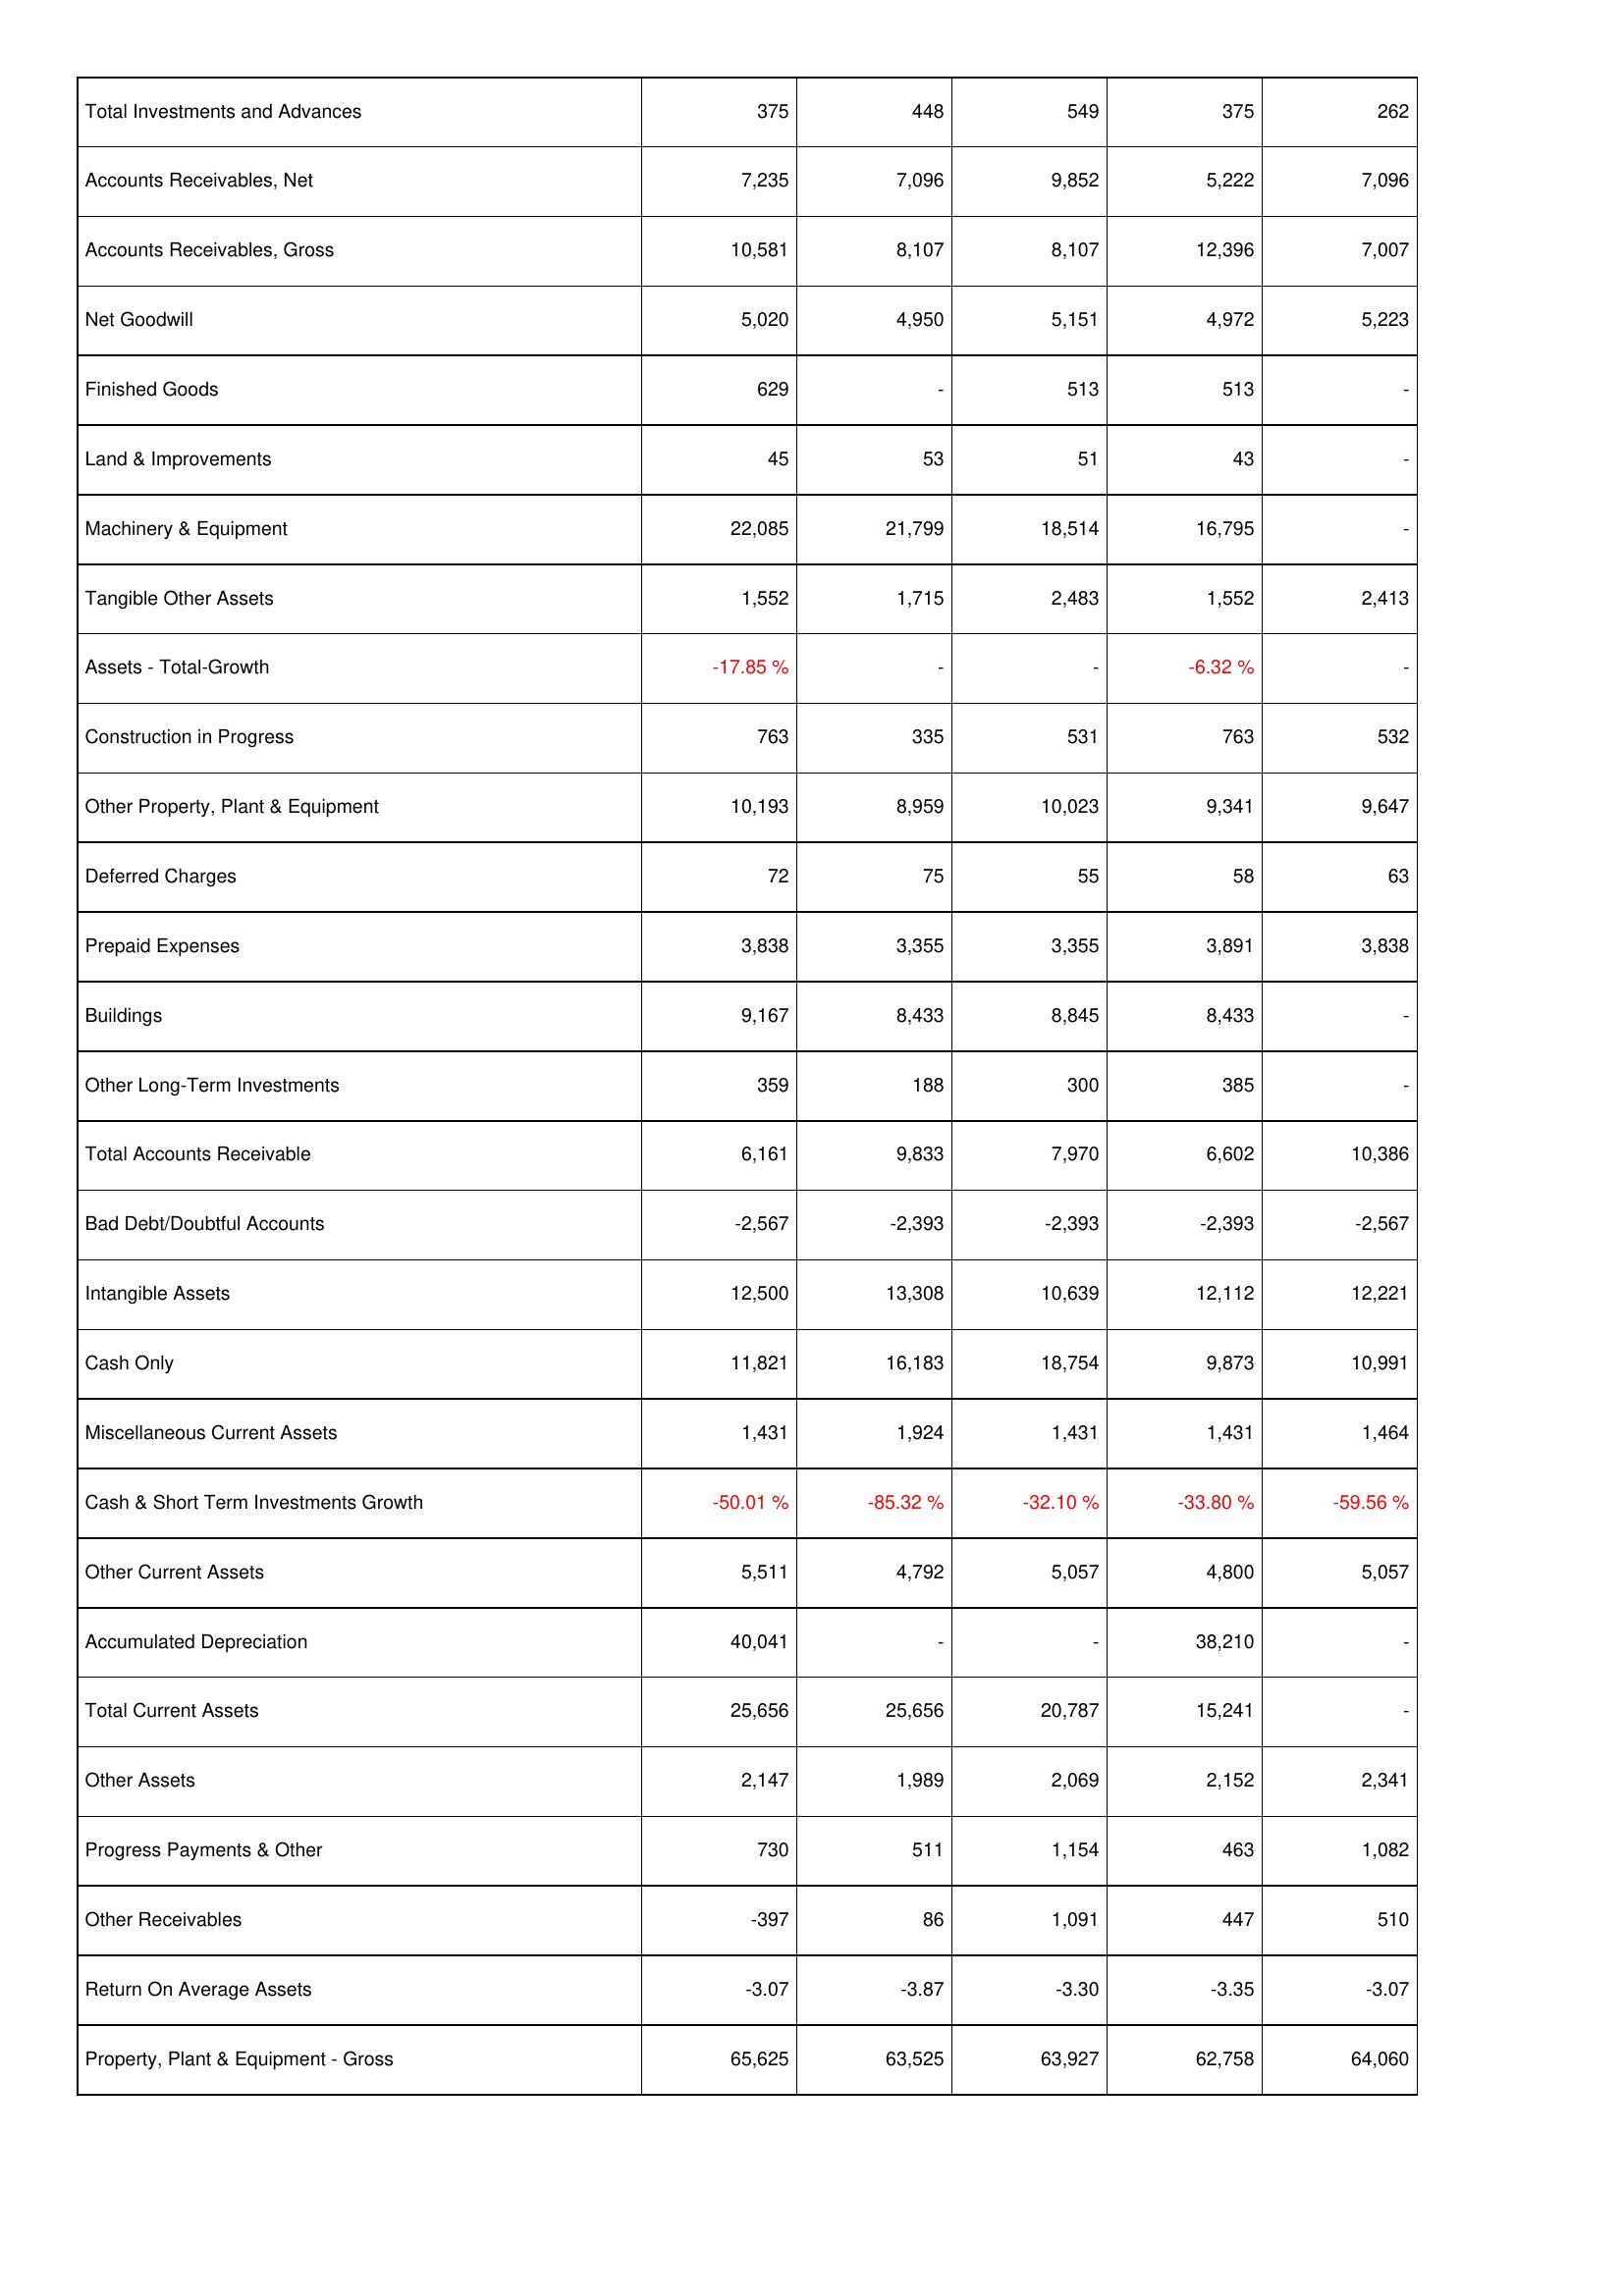
2009: Assets: Total Investments and Advances: 375
Accounts Receivables, Net: 7,235
Accounts Receivables, Gross: 10,581
Net Goodwill: 5,020
Finished Goods: 629
Land & Improvements: 45
Machinery & Equipment: 22,085
Tangible Other Assets: 1,552
Assets - Total-Growth: -17.85 %
Construction in Progress: 763
Other Property, Plant & Equipment: 10,193
Deferred Charges: 72
Prepaid Expenses: 3,838
Buildings: 9,167
Other Long-Term Investments: 359
Total Accounts Receivable: 6,161
Bad Debt/Doubtful Accounts: -2,567
Intangible Assets: 12,500
Cash Only: 11,821
Miscellaneous Current Assets: 1,431
Cash & Short Term Investments Growth: -50.01 %
Other Current Assets: 5,511
Accumulated Depreciation: 40,041
Total Current Assets: 25,656
Other Assets: 2,147
Progress Payments & Other: 730
Other Receivables: -397
Return On Average Assets: -3.07
Property, Plant & Equipment - Gross: 65,625
2008: Assets: Total Investments and Advances: 448
Accounts Receivables, Net: 7,096
Accounts Receivables, Gross: 8,107
Net Goodwill: 4,950
Finished Goods: -
Land & Improvements: 53
Machinery & Equipment: 21,799
Tangible Other Assets: 1,715
Assets - Total-Growth: -
Construction in Progress: 335
Other Property, Plant & Equipment: 8,959
Deferred Charges: 75
Prepaid Expenses: 3,355
Buildings: 8,433
Other Long-Term Investments: 188
Total Accounts Receivable: 9,833
Bad Debt/Doubtful Accounts: -2,393
Intangible Assets: 13,308
Cash Only: 16,183
Miscellaneous Current Assets: 1,924
Cash & Short Term Investments Growth: -85.32 %
Other Current Assets: 4,792
Accumulated Depreciation: -
Total Current Assets: 25,656
Other Assets: 1,989
Progress Payments & Other: 511
Other Receivables: 86
Return On Average Assets: -3.87
Property, Plant & Equipment - Gross: 63,525
2007: Assets: Total Investments and Advances: 549
Accounts Receivables, Net: 9,852
Accounts Receivables, Gross: 8,107
Net Goodwill: 5,151
Finished Goods: 513
Land & Improvements: 51
Machinery & Equipment: 18,514
Tangible Other Assets: 2,483
Assets - Total-Growth: -
Construction in Progress: 531
Other Property, Plant & Equipment: 10,023
Deferred Charges: 55
Prepaid Expenses: 3,355
Buildings: 8,845
Other Long-Term Investments: 300
Total Accounts Receivable: 7,970
Bad Debt/Doubtful Accounts: -2,393
Intangible Assets: 10,639
Cash Only: 18,754
Miscellaneous Current Assets: 1,431
Cash & Short Term Investments Growth: -32.10 %
Other Current Assets: 5,057
Accumulated Depreciation: -
Total Current Assets: 20,787
Other Assets: 2,069
Progress Payments & Other: 1,154
Other Receivables: 1,091
Return On Average Assets: -3.30
Property, Plant & Equipment - Gross: 63,927
2006: Assets: Total Investments and Advances: 375
Accounts Receivables, Net: 5,222
Accounts Receivables, Gross: 12,396
Net Goodwill: 4,972
Finished Goods: 513
Land & Improvements: 43
Machinery & Equipment: 16,795
Tangible Other Assets: 1,552
Assets - Total-Growth: -6.32 %
Construction in Progress: 763
Other Property, Plant & Equipment: 9,341
Deferred Charges: 58
Prepaid Expenses: 3,891
Buildings: 8,433
Other Long-Term Investments: 385
Total Accounts Receivable: 6,602
Bad Debt/Doubtful Accounts: -2,393
Intangible Assets: 12,112
Cash Only: 9,873
Miscellaneous Current Assets: 1,431
Cash & Short Term Investments Growth: -33.80 %
Other Current Assets: 4,800
Accumulated Depreciation: 38,210
Total Current Assets: 15,241
Other Assets: 2,152
Progress Payments & Other: 463
Other Receivables: 447
Return On Average Assets: -3.35
Property, Plant & Equipment - Gross: 62,758
2005: Assets: Total Investments and Advances: 262
Accounts Receivables, Net: 7,096
Accounts Receivables, Gross: 7,007
Net Goodwill: 5,223
Finished Goods: -
Land & Improvements: -
Machinery & Equipment: -
Tangible Other Assets: 2,413
Assets - Total-Growth: -
Construction in Progress: 532
Other Property, Plant & Equipment: 9,647
Deferred Charges: 63
Prepaid Expenses: 3,838
Buildings: -
Other Long-Term Investments: -
Total Accounts Receivable: 10,386
Bad Debt/Doubtful Accounts: -2,567
Intangible Assets: 12,221
Cash Only: 10,991
Miscellaneous Current Assets: 1,464
Cash & Short Term Investments Growth: -59.56 %
Other Current Assets: 5,057
Accumulated Depreciation: -
Total Current Assets: -
Other Assets: 2,341
Progress Payments & Other: 1,082
Other Receivables: 510
Return On Average Assets: -3.07
Property, Plant & Equipment - Gross: 64,060